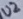
Text: U2